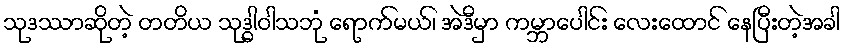
သုဒဿာဆိုတဲ့ တတိယ သုဒ္ဓါဝါသဘုံ ရောက်မယ်၊ အဲဒီမှာ ကမ္ဘာပေါင်း လေးထောင် နေပြီးတဲ့အခါ